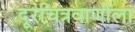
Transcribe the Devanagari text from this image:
दूरचित्रवाणीला